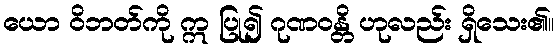
ယော ဝိဘတ်ကို ဣ ပြု၍ ဂုဏဝန္တိ ဟုလည်း ရှိသေး၏။